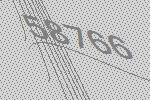
58766